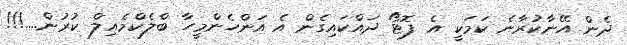
ދެން އޭނާކުރާނެ ކަމަކީ އެ ފޮޓޯ ދައްކައިގެން އެ އަންހެންމީހާ ބްލެކްމެއިލް ކުރުން....!!!